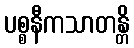
ပစ္စနီကသာတန္တိ